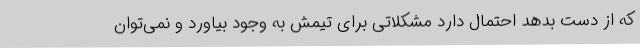
که از دست بدهد احتمال دارد مشکلاتی برای تیمش به وجود بیاورد و نمی‌توان